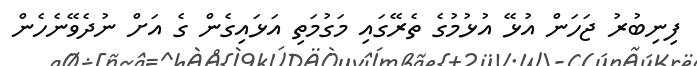
ފިނިބުރު ޖަހަން އުޅޭ އުޅުމުގެ ތެރޭގައި މަގުމަތި އަަޅައިގެން ގެ އަށް ނުދެވޭނެހެން